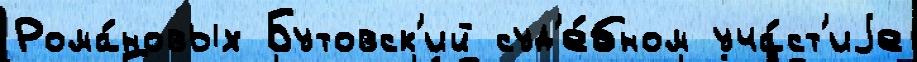
Рома́новых Бутовск'ий суд'е́бном уча́ст'иjе